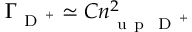
\Gamma _ { \mathrm { ~ D ~ } ^ { + } } \simeq C n _ { \mathrm { ~ u ~ p ~ } \mathrm { ~ D ~ } ^ { + } } ^ { 2 }